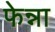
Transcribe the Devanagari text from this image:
फेन्ना